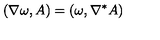
( \nabla \omega , A ) = ( \omega , \nabla ^ { * } A )